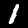
Label: 1